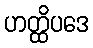
ဟတ္ထိပဒေ